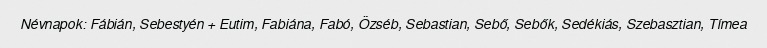
Névnapok: Fábián, Sebestyén + Eutim, Fabiána, Fabó, Özséb, Sebastian, Sebő, Sebők, Sedékiás, Szebasztian, Tímea